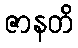
ဇာနတိ